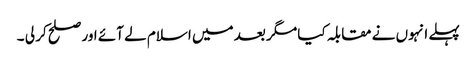
پہلے انہوں نے مقابلہ کیا مگر بعد میں اسلام لے آئے اور صلح کر لی ۔